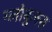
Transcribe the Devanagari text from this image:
ग्लोबुलस